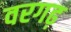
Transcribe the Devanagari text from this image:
वरगढ़